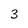
Character: 3